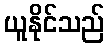
ယူနိုင်သည်